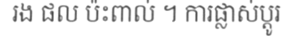
រង ផល ប៉ះពាល់ ។ ការផ្លាស់ប្តូរ